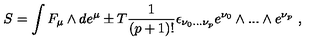
S = \int F _ { \mu } \wedge d e ^ { \mu } \pm T \frac { 1 } { ( p + 1 ) ! } \epsilon _ { \nu _ { 0 } . . . \nu _ { p } } e ^ { \nu _ { 0 } } \wedge . . . \wedge e ^ { \nu _ { p } } \ ,